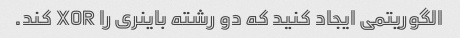
الگوریتمی ایجاد کنید که دو رشته باینری را XOR کند.